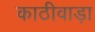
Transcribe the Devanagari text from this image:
काठीवाड़ा